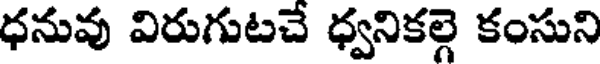
ధనువు విరుగుటచే ధ్వనికల్గె కంసుని